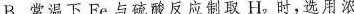
B.常温下Fe与硫酸反应制取H_{2}时，选用浓